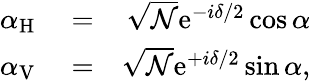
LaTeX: \begin{array}{rlr}{\alpha_{\mathrm{H}}}&{{}=}&{\sqrt{{\mathcal N}}\mathrm{e}^{-i\delta/2}\cos\alpha}\\ {\alpha_{\mathrm{V}}}&{{}=}&{\sqrt{{\mathcal N}}\mathrm{e}^{+i\delta/2}\sin\alpha,}\end{array}